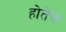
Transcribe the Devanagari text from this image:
होतेंच